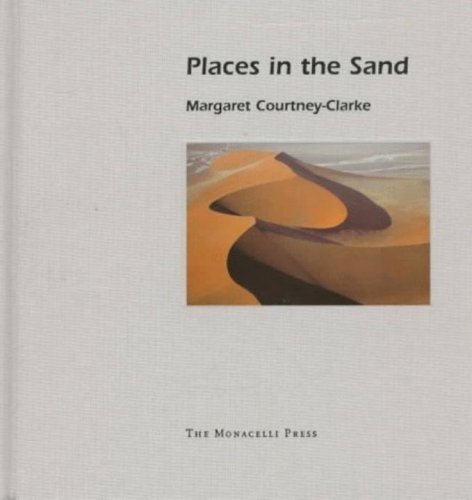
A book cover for Places in the Sand; Margaret Courtney-Clarke; Travel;